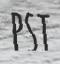
PSI